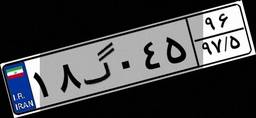
۹۷گ۴۴۸۳۳